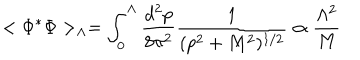
< \Phi ^ { * } \Phi > _ { \Lambda } = \int _ { 0 } ^ { \Lambda } { \frac { d ^ { 2 } p } { 8 \pi ^ { 2 } } } { \frac { 1 } { ( p ^ { 2 } + M ^ { 2 } ) ^ { 1 / 2 } } } \propto { \frac { \Lambda ^ { 2 } } { M } }